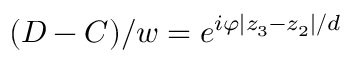
( D - C ) / w = e ^ { i \varphi | z _ { 3 } - z _ { 2 } | / d }